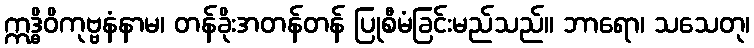
ဣဒ္ဓိဝိကုဗ္ဗနံနာမ၊ တန်ခိုးအတန်တန် ပြုစီမံခြင်းမည်သည်။ ဘာရော၊ သသေတု၊